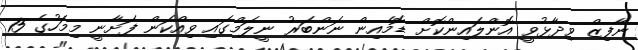
ނާފިޒް ވިދާޅުވީ އޮންލައިންކޮށް ޑޮމެއިން ނަންބަރު ނީލަމްގައި ވިއްކަން ފަށާނީ މިމަހުގެ 15